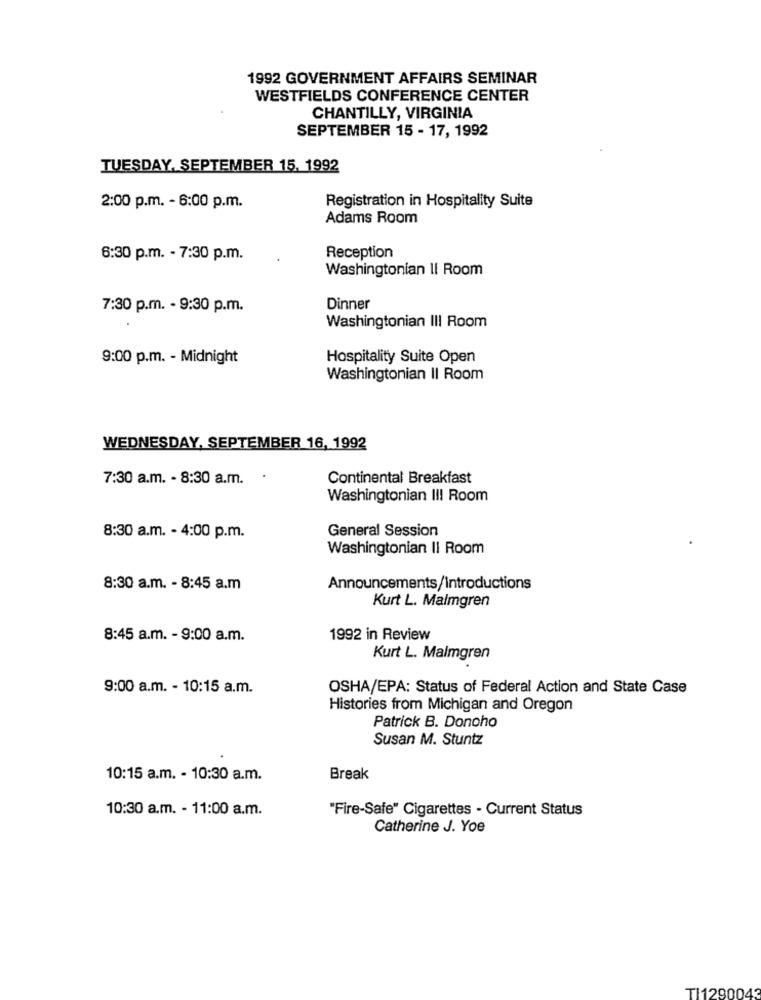
1992 GOVERNMENT AFFAIRS SEMINAR
WESTFIELDS CONFERENCE CENTER
CHANTILLY, VIRGINIA
SEPTEMBER 15 - 17, 1992
TUESDAY, SEPTEMBER 15. 1992
Registration in Hospitality Suite
2:00 p.m. - 6:00 p.m.
Adams Room
6:30 p.m. - 7:30 p.m.
Reception
Washingtonian Il Room
7:30 p.m. - 9:30 p.m.
Dinner
Washingtonian III Room
9:00 p.m. - Midnight
Hospitality Suite Open
Washingtonian II Room
WEDNESDAY, SEPTEMBER 16, 1992
7:30 a.m. - 8:30 a.m.
Continental Breakfast
Washingtonian I !! Room
General Session
8:30 a.m. - 4:00 p.m.
Washingtonian II Room
8:30 a.m. - 8:45 a.m
Announcements/Introductions
Kurt L. Malmgren
8:45 a.m. - 9:00 a.m.
1992 in Review
Kurt L. Malmgren
9:00 a.m. - 10:15 a.m.
OSHA/EPA: Status of Federal Action and State Case
Histories from Michigan and Oregon
Patrick B. Donoho
Susan M. Stuntz
10:15 a.m. - 10:30 a.m.
Break
10:30 a.m. - 11:00 a.m.
"Fire-Safe" Cigarettes - Current Status
Catherine J. Yoe
TI1290043